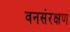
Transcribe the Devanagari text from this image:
वनसंरक्षण